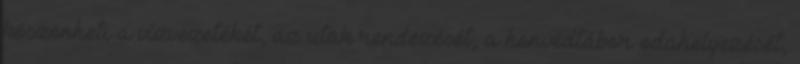
köszönheti a vízvezetékét, az utak rendezését, a honvédtábor odahelyezését,